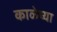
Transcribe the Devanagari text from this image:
काळेच्या